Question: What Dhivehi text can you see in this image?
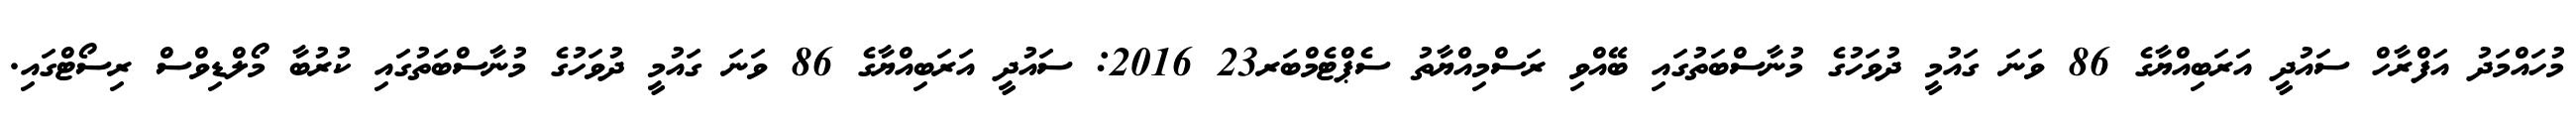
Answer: މުހައްމަދު އަފްރާހް ސައުދީ އަރަބިއްޔާގެ 86 ވަނަ ގައުމީ ދުވަހުގެ މުނާސްބަތުގައި ބޭއްވި ރަސްމިއްޔާތު ސެޕްޓެމްބަރ23 2016: ސައުދީ އަރަބިއްޔާގެ 86 ވަނަ ގައުމީ ދުވަހުގެ މުނާސްބަތުގައި ކުރުބާ މޯލްޑިވްސް ރިސޯޓްގައި.